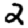
Digit: 2